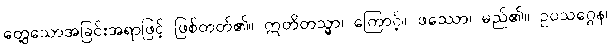
တွေ့သောအခြင်းအရာဖြင့် ဖြစ်တတ်၏။ ဣတိတသ္မာ၊ ကြောင့်။ ဖဿော၊ မည်၏။ ဥပသဂ္ဂေန၊